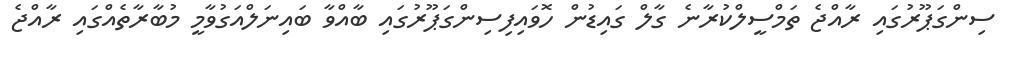
ސިންގަޕޫރުގައި ރާއްޖެ ތަމްސީލްކުރާނެ ގާލް ގައިޑުން ހޮވައިފިސިންގަޕޫރުގައި ބާއްވާ ބައިނަލްއަގުވާމީ މުބާރާތެއްގައި ރާއްޖެ